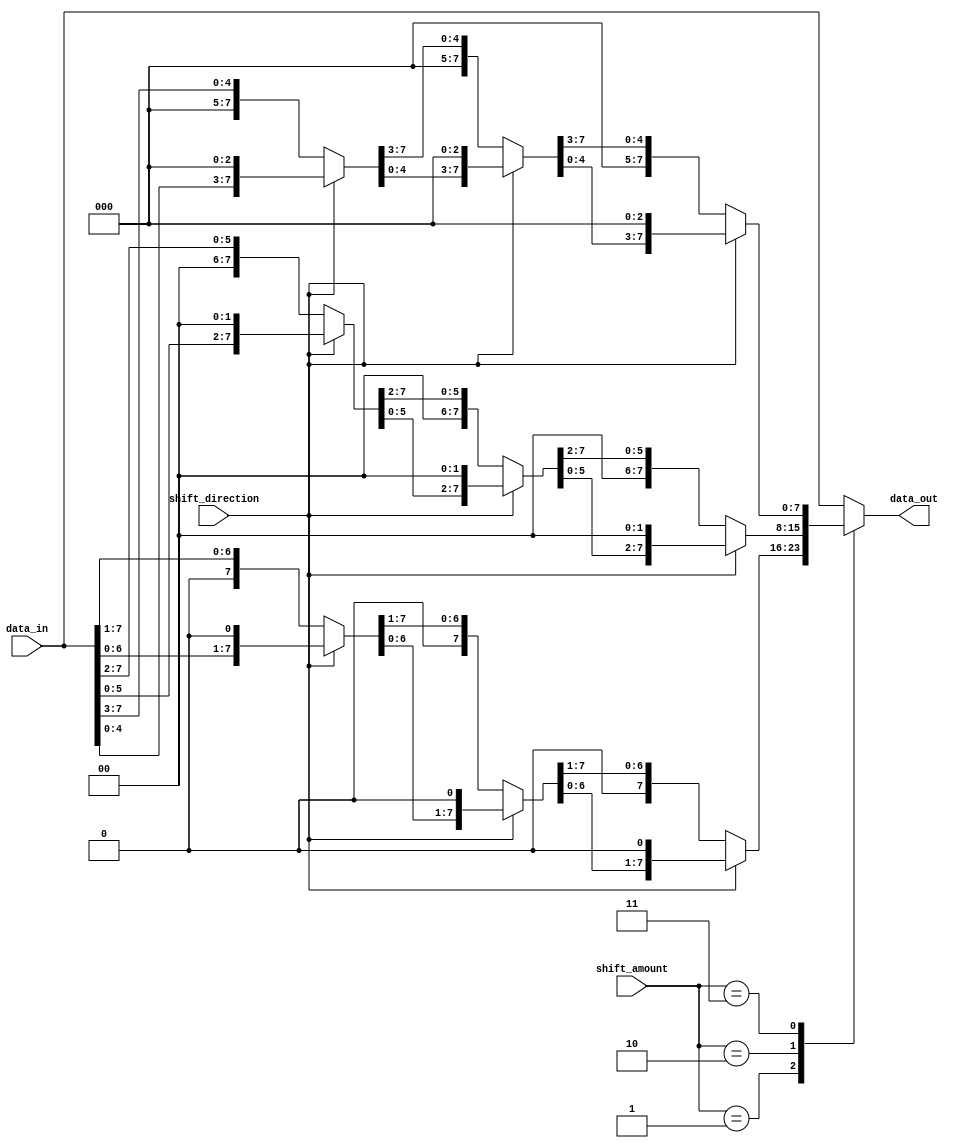
module BarrelShift(
    input [7:0] data_in,
    input [2:0] shift_amount,
    input shift_direction,
    output reg [7:0] data_out
);

reg [7:0] stage1_out, stage2_out, stage3_out;

always @* begin
    case(shift_amount)
        3'b000: begin
            stage1_out = data_in;
            stage2_out = stage1_out;
            stage3_out = stage2_out;
        end
        3'b001: begin
            stage1_out = shift_direction ? data_in << 1 : data_in >> 1;
            stage2_out = shift_direction ? stage1_out << 1 : stage1_out >> 1;
            stage3_out = shift_direction ? stage2_out << 1 : stage2_out >> 1;
        end
        3'b010: begin
            stage1_out = shift_direction ? data_in << 2 : data_in >> 2;
            stage2_out = shift_direction ? stage1_out << 2 : stage1_out >> 2;
            stage3_out = shift_direction ? stage2_out << 2 : stage2_out >> 2;
        end
        3'b011: begin
            stage1_out = shift_direction ? data_in << 3 : data_in >> 3;
            stage2_out = shift_direction ? stage1_out << 3 : stage1_out >> 3;
            stage3_out = shift_direction ? stage2_out << 3 : stage2_out >> 3;
        end
        default: begin
            stage1_out = data_in;
            stage2_out = stage1_out;
            stage3_out = stage2_out;
        end
    endcase
    data_out = stage3_out;
end

endmodule